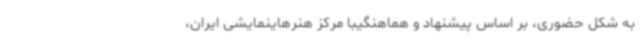
به شکل حضوری، بر اساس پیشنهاد و هماهنگیبا مرکز هنرهاینمایشی ایران،